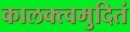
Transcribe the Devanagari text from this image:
कालक्त्वमुदितं